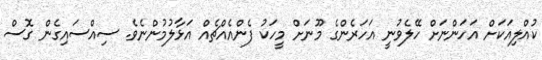
ކުއްލިއަކަށް އަހަންނަށް ހޭލެވުނީ އަހަރެންގެ މޫނަށް މީހަކު ފެންއެއްޗެއް އަޅާލުމުންނެވެ. ސިއްސައިގެން ގޮސް